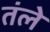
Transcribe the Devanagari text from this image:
तंले